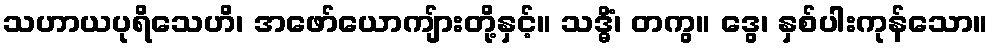
သဟာယပုရိသေဟိ၊ အဖော်ယောကျ်ားတို့နှင့်။ သဒ္ဓိံ၊ တကွ။ ဒွေ၊ နှစ်ပါးကုန်သော။